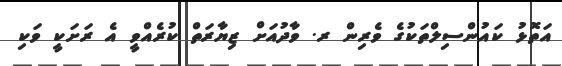
އަތޮޅު ކައުންސިލްތަކުގެ ވެރިން ރ. ވާދުއަށް ޒިޔާރަތް ކުރެއްވީ އެ ރަށަކީ ވަކި